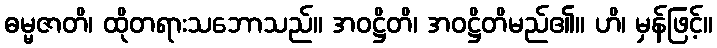
ဓမ္မဇာတိ၊ ထိုတရားသဘောသည်။ အဝဋ္ဌိတိ၊ အဝဋ္ဌိတိမည်၏။ ဟိ၊ မှန်ဖြင့်။